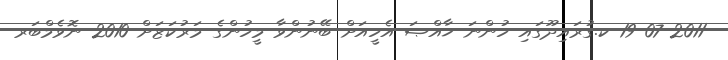
19-07-2011 ކ.ގުރައިދޫގައި ހުންނަ ޚާއްޞަ އެހީއަށް ބޭނުންވާ މީހުންގެ މަރުކަޒަށް 2010 ނޮވެމްބަރ